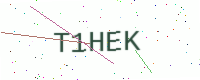
Text: T1HEK